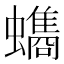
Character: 𮕐